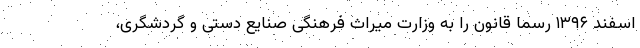
اسفند ۱۳۹۶ رسما قانون را به وزارت میراث فرهنگی صنایع دستی و گردشگری،